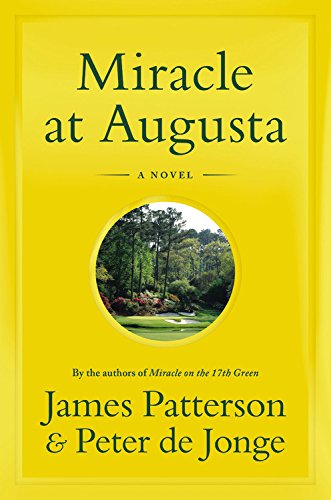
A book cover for Miracle at Augusta; James Patterson; Literature & Fiction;